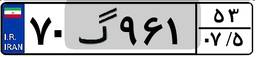
۲۷گ۱۱۱۸۰